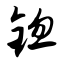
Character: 锪